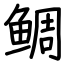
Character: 鲷